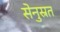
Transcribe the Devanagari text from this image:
सेनुस्रत